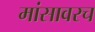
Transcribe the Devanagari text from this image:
मांसावरच